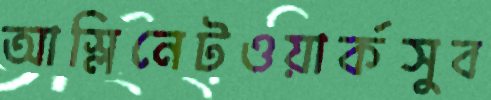
আস্‌লিনেটওয়ার্কসুব